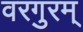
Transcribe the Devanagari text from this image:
वरगुरम्